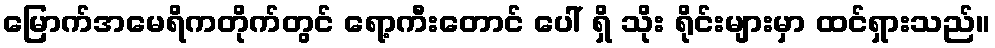
မြောက်အမေရိကတိုက်တွင် ရော့ကီးတောင် ပေါ် ရှိ သိုး ရိုင်းများမှာ ထင်ရှားသည်။